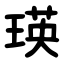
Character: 瑛